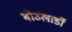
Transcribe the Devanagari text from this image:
बोउलार्डी